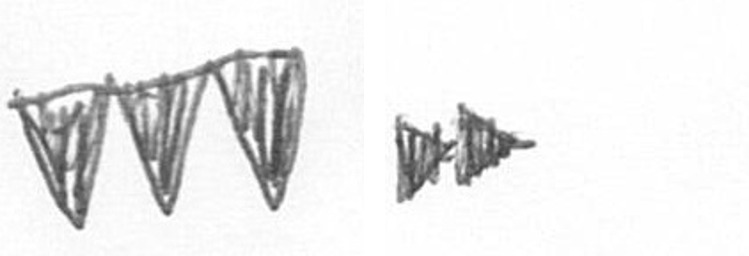
L A